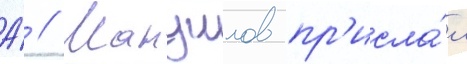
А́ // Мануилов пр'исла́л